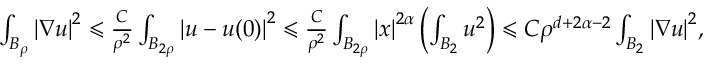
\begin{array} { r } { \int _ { B _ { \rho } } { \lvert \nabla u \rvert } ^ { 2 } \leqslant \frac { C } { \rho ^ { 2 } } \int _ { B _ { 2 \rho } } { \lvert u - u ( 0 ) \rvert } ^ { 2 } \leqslant \frac { C } { \rho ^ { 2 } } \int _ { B _ { 2 \rho } } { \lvert x \rvert } ^ { 2 \alpha } \left( \int _ { B _ { 2 } } u ^ { 2 } \right) \leqslant C \rho ^ { d + 2 \alpha - 2 } \int _ { B _ { 2 } } { \lvert \nabla u \rvert } ^ { 2 } , } \end{array}